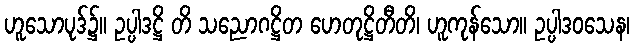
ဟူသောပုဒ်၌။ ဥပ္ပါဒဋ္ဌိ တိ သညောဂဋ္ဌိတ ဟေတုဋ္ဌိတီတိ၊ ဟူကုန်သော။ ဥပ္ပါဒဝသေန၊